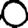
Digit: 0